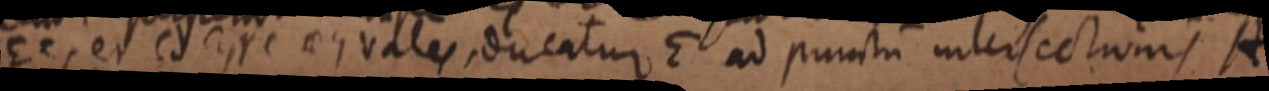
Ee, et Cd _ vales ducatur E ad puncti intersectionis A